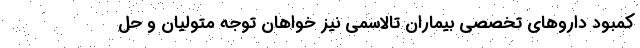
کمبود داروهای تخصصی بیماران تالاسمی نیز خواهان توجه متولیان و حل